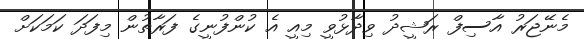
މެނޭޖަރު އާސިފް ރަޝީދު ވިދާޅުވީ މިއީ އެ ކުންފުނީގެ ފަރާތުން މިފަދަ ކަމަކަށް